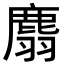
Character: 𪊮